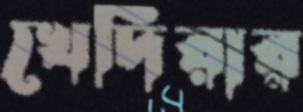
খেদিরার